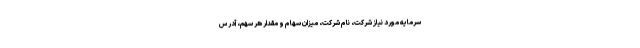
سرمایه مورد نیاز شرکت، نام شرکت، میزان سهام و مقدار هر سهم، آدرس